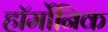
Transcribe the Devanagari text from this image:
हॉर्मोनिक